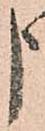
申